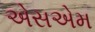
એસએમ